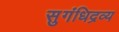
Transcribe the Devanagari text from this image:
सुगंधिद्रव्य